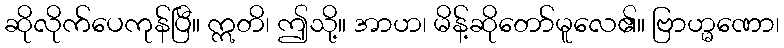
ဆိုလိုက်ပေကုန်ပြီ။ ဣတိ၊ ဤသို့။ အာဟ၊ မိန့်ဆိုတော်မူလေ၏။ ဗြာဟ္မဏော၊